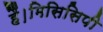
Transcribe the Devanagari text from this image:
हैं।मिसिसिपी